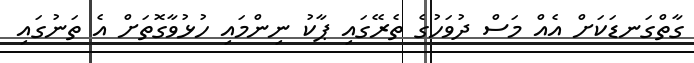
ގާތްގަނޑަކަށް އެއް މަސް ދުވަހުގެ ތެރޭގައި ޕާކު ނިންމައި ހުޅުވާގޮތަށް އެ ތަނުގައި